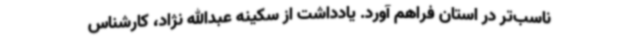
ناسب‌تر در استان فراهم آورد. یادداشت از سکینه عبدالله نژاد، کارشناس